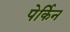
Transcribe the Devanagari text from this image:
पेर्किन